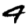
Digit: 4